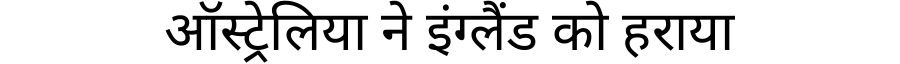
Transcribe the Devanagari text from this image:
ऑस्ट्रेलिया ने इंग्लैंड को हराया